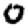
Digit: 0